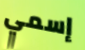
إسمي